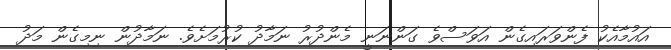
އައުމާއެކު ފެންވަރައިގެން އަވަސްވެ ގަންނަނީ މެންދުރު ނަމާދު ކުރުމަށެވެ. ނަމާދުން ނިމިގެން މަދު